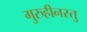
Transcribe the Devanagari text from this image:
गुरुहीनस्तु